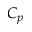
C _ { p }